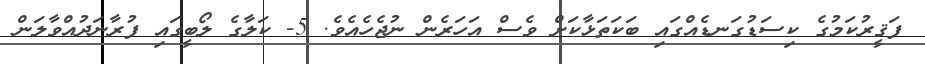
ފަޤީރުކަމުގެ ކިސަޑުގަނޑެއްގައި ބަކަތަޅާކަށް ވެސް އަހަރެން ނުޖެހެއެވެ. 5- ކަލާގެ ލޯބީގައި ފުރާނަދުއްވާލަން